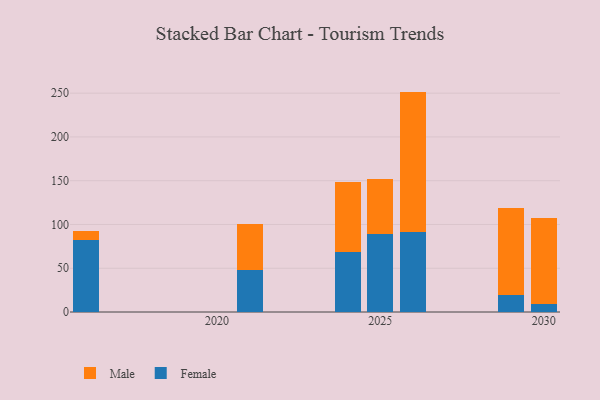
{"axis": {"x": "Year", "y": "Gross Profit (USD K)"}, "legend": ["Female", "Male"], "data": [{"x": "2026", "y": 91.5, "type": "Female"}, {"x": "2026", "y": 160.3, "type": "Male"}, {"x": "2025", "y": 89.6, "type": "Female"}, {"x": "2025", "y": 61.8, "type": "Male"}, {"x": "2016", "y": 82.0, "type": "Female"}, {"x": "2016", "y": 10.3, "type": "Male"}, {"x": "2029", "y": 18.9, "type": "Female"}, {"x": "2029", "y": 100.0, "type": "Male"}, {"x": "2021", "y": 47.5, "type": "Female"}, {"x": "2021", "y": 52.7, "type": "Male"}, {"x": "2024", "y": 68.2, "type": "Female"}, {"x": "2024", "y": 80.6, "type": "Male"}, {"x": "2030", "y": 9.7, "type": "Female"}, {"x": "2030", "y": 97.2, "type": "Male"}]}